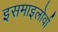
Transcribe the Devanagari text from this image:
इसमाइलोर्वा